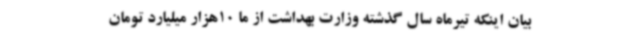
بیان اینکه تیرماه سال گذشته وزارت بهداشت از ما 10هزار میلیارد تومان